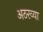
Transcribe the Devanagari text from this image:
अठरव्या